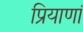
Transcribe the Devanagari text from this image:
प्रियाणां